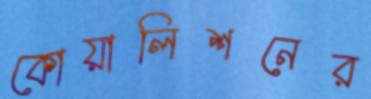
কোয়ালিশনের